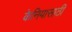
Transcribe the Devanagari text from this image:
केनियासाठी